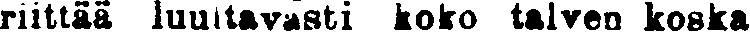
riittää luultavasti koko talven koska